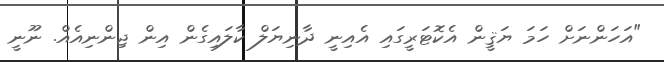
"އަހަންނަށް ހަމަ ޔަޤީން އެކޮޓަރީގައި އެއިނީ ދާނިޔަލް ކާލައިގެން އިން ޖިންނިއެއް. ނޫނީ